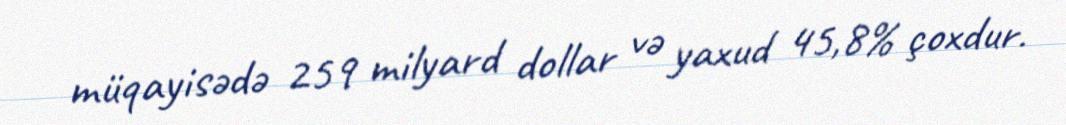
müqayisədə 259 milyard dollar və yaxud 45,8% çoxdur.